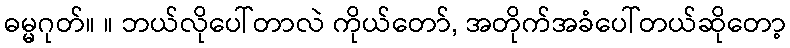
ဓမ္မဂုတ်။ ။ ဘယ်လိုပေါ်တာလဲ ကိုယ်တော်, အတိုက်အခံပေါ်တယ်ဆိုတော့